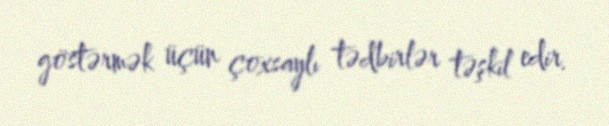
göstərmək üçün çoxsaylı tədbirlər təşkil edir.